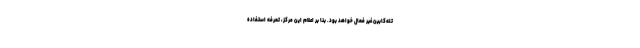
تله‌کابین غیر فعال خواهد بود. بنا بر اعلام این مرکز، تعرفه استفاده